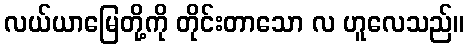
လယ်ယာမြေတို့ကို တိုင်းတာသော လ ဟူလေသည်။